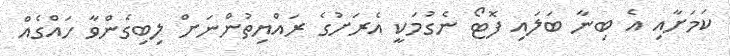
ކަމަށާއި އެ ބިނާ ބަލައި ފޮޓޯ ނެގުމަކީ އެރަށުގެ ރައްޔިތުންނަށް ލިބިގެންވާ ހައްގެއް